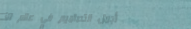
أجمل التصاميم في عالم الأ